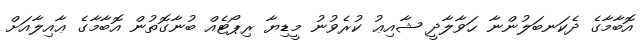
އޮބާމާގެ ދެކަނބަލުންނާ ޙަވާލާދީ ޝާއިޢު ކުރެވުނު މީޑިޔާ ރިޕޯޓެއް ބުނާގޮތުން އޮބާމާގެ ޢާއިލާއަށް